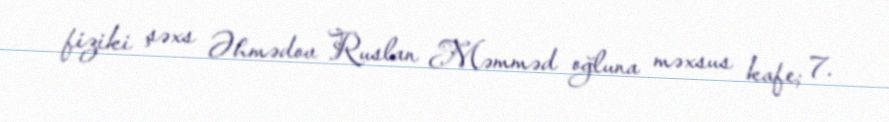
fiziki şəxs Əhmədov Ruslan Məmməd oğluna məxsus kafe; 7.